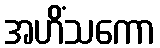
အဟိံသကော